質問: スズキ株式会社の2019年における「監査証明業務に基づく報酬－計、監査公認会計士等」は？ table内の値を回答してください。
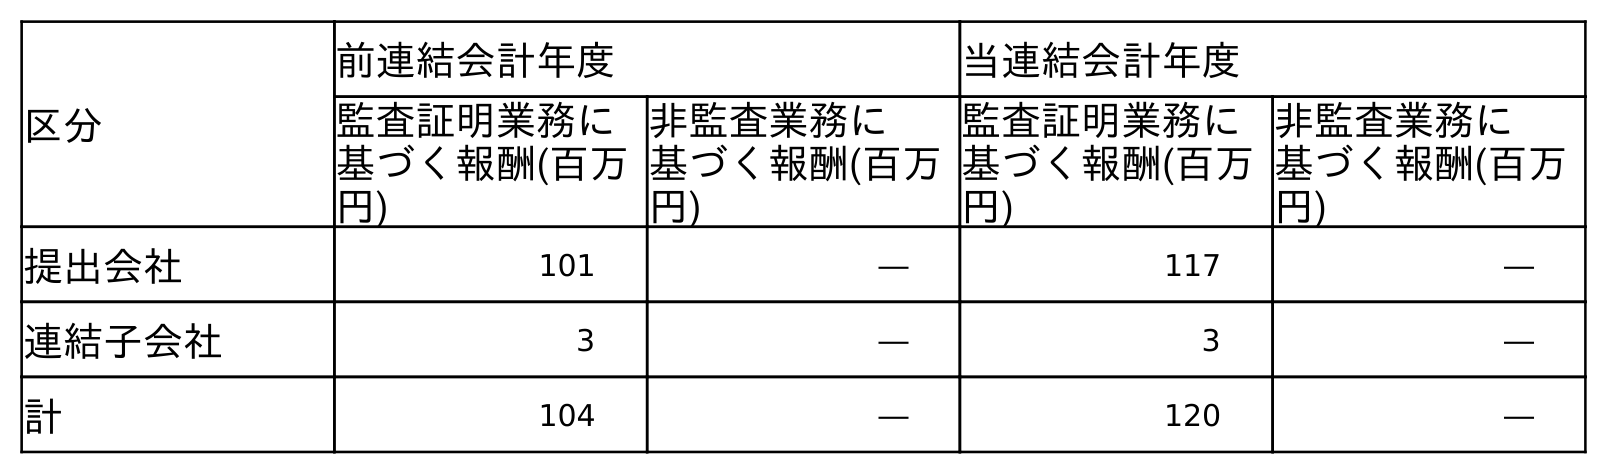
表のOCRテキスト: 区分 前連結会計年度 当連結会計年度 監査証明業務に 基づく報酬(百万 円) 非監査業務に 基づく報酬(百万 円) 監査証明業務に 基づく報酬(百万 円) 非監査業務に 基づく報酬(百万 円) 提出会社 101 ― 117 ― 連結子会社 3 ― 3 ― 計 104 ― 120 ―
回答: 104